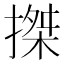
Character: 搩